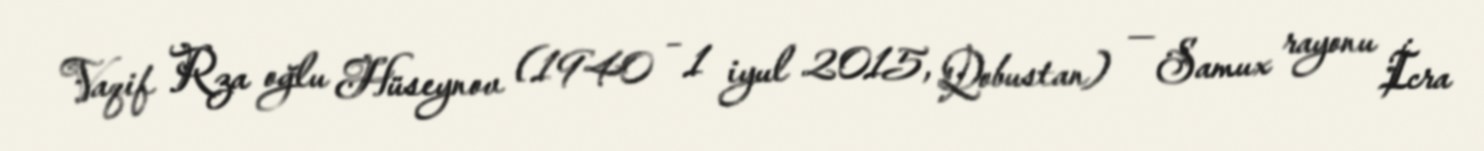
Vaqif Rza oğlu Hüseynov (1940 – 1 iyul 2015, Qobustan) — Samux rayonu İcra